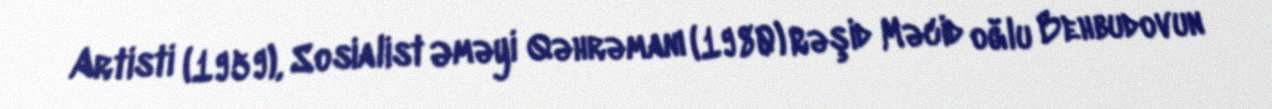
Artisti (1959), Sosialist Əməyi Qəhrəmanı (1980) Rəşid Məcid oğlu Behbudovun